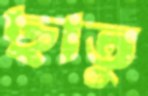
ছাতু